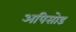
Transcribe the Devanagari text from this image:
अपिसोड